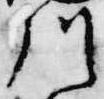
川